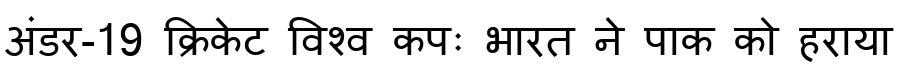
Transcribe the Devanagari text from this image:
अंडर-19 क्रिकेट विश्व कपः भारत ने पाक को हराया